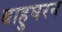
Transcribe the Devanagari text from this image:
बाहुघरन